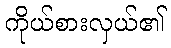
ကိုယ်စားလှယ်၏